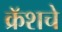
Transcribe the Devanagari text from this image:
क्रॅशचे